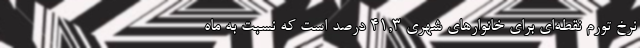
نرخ تورم نقطه‌ای برای خانوارهای شهری ۴١,٣ درصد است که نسبت به ماه